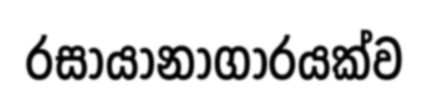
රසායානාගාරයක්ව